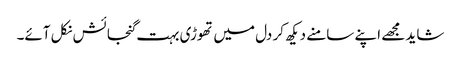
شاید مجھے اپنے سامنے دیکھ کر دل میں تھوڑی بہت گنجائش نکل آئے۔